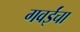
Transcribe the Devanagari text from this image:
गवईंचा